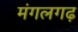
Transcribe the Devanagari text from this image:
मंगलगढ़